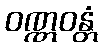
ဝဏ္ဏဝန္တံ